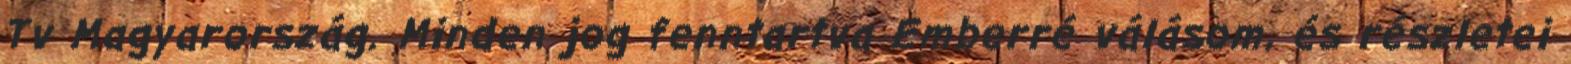
Tv Magyarország. Minden jog fenntartva Emberré válásom, és részletei